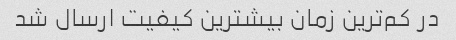
در کم‌ترین زمان بیشترین کیفیت ارسال شد